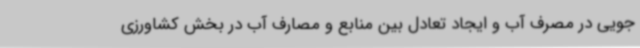
جویی در مصرف آب و ایجاد تعادل بین منابع و مصارف آب در بخش کشاورزی